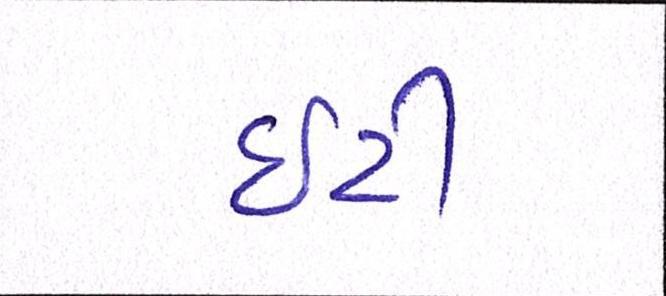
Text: ઇટી